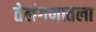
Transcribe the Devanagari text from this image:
तेलंगणातला